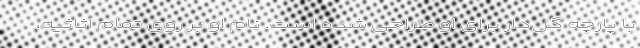
با پارچه گل‌دار برای او طراحی شده است. نام او بر روی تمام اثاثیه،